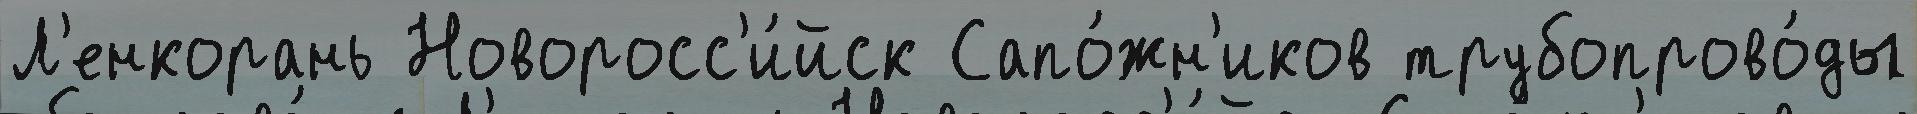
Л'енкорань Новоросс'и́йск Сапо́жн'иков трубопрово́ды